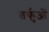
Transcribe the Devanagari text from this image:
तर्कुओं